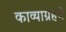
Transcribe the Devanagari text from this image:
काव्याग्रहचे